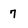
Character: 7